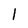
Character: 1